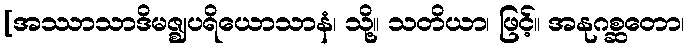
[အဿာသာဒိမဇ္ဈပရိယောသာနံ၊ သို့။ သတိယာ၊ ဖြင့်။ အနုဂစ္ဆတော၊